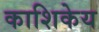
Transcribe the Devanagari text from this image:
काशिकेय